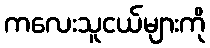
ကလေးသူငယ်များကို